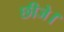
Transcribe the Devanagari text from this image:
छीजे।